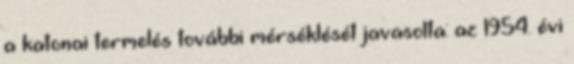
a katonai termelés további mérséklését javasolta: az 1954. évi